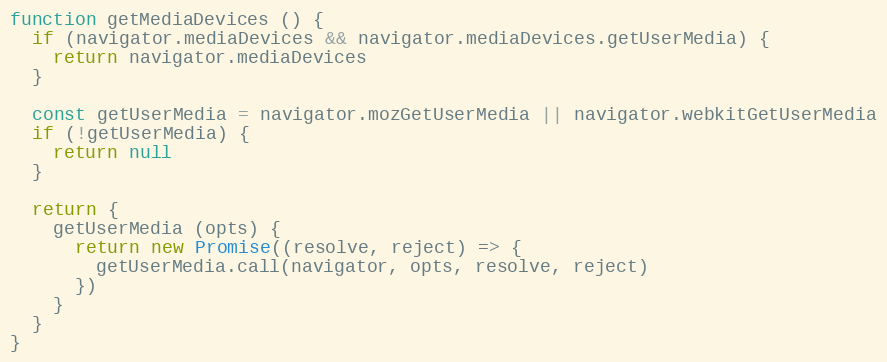
Language: JavaScript
function getMediaDevices () {
  if (navigator.mediaDevices && navigator.mediaDevices.getUserMedia) {
    return navigator.mediaDevices
  }

  const getUserMedia = navigator.mozGetUserMedia || navigator.webkitGetUserMedia
  if (!getUserMedia) {
    return null
  }

  return {
    getUserMedia (opts) {
      return new Promise((resolve, reject) => {
        getUserMedia.call(navigator, opts, resolve, reject)
      })
    }
  }
}